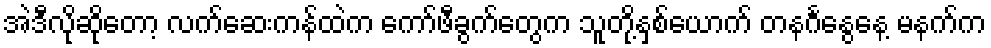
အဲဒီလိုဆိုတော့ လက်ဆေးကန်ထဲက ကော်ဖီခွက်တွေက သူတို့နှစ်ယောက် တနင်္ဂနွေနေ့ မနက်က